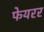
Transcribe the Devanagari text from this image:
फेयरर